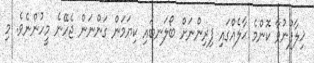
ޚިލާފުނުވާ ކޮންމެ ޙާލެއްގައި ފިރިންނަށް ބޯލަނބައި ކިޔަމަން ގަންނަން ޖެހޭނެ މީހުންނެވެ. މި